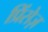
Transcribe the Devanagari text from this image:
प्रिंसेज़